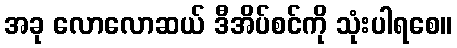
အခု လောလောဆယ် ဒီအိပ်စင်ကို သုံးပါရစေ။